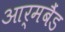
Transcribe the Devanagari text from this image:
आर्मबैंड